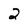
Character: 2